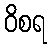
ဝိစရ